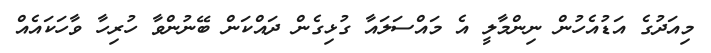
މިއަދުގެ އަޑުއެހުން ނިންމާލީ އެ މައްސަލައާ ގުޅިގެން ދައްކަން ބޭނުންވާ ހުރިހާ ވާހަކައެއް